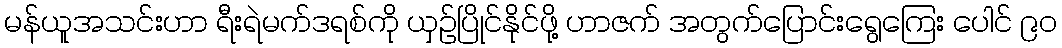
မန်ယူအသင်းဟာ ရီးရဲမက်ဒရစ်ကို ယှဉ်ပြိုင်နိုင်ဖို့ ဟာဇက် အတွက်ပြောင်းရွေကြေး ပေါင် ၉၀